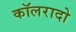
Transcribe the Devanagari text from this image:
कॉलरादो